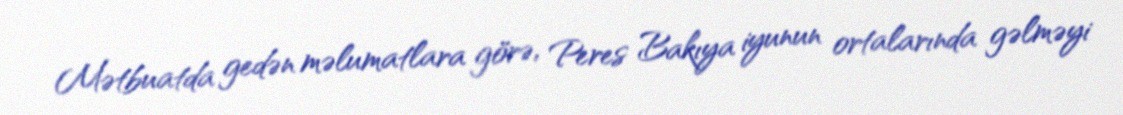
Mətbuatda gedən məlumatlara görə, Peres Bakıya iyunun ortalarında gəlməyi